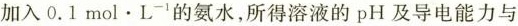
加入0.1mol\cdot L^{-1}的氨水，所得溶液的pH及导电能力与